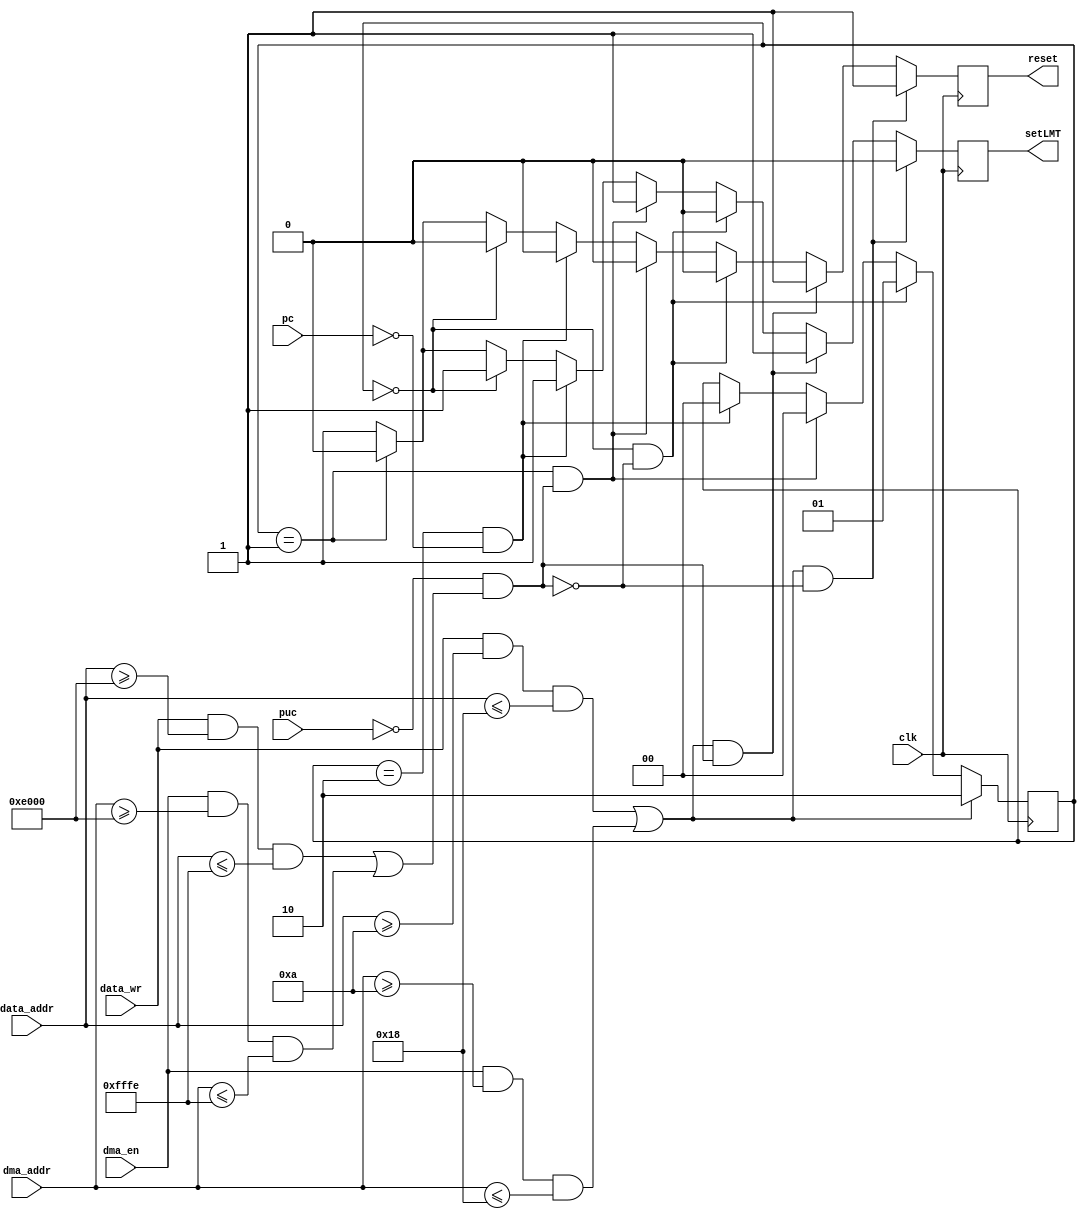
module rata_a (
    clk,
    
    pc,
    puc,
    
    data_wr,
    data_addr,
    
    dma_addr,
    dma_en,
    
    setLMT,
    reset
);
input           clk;
input   [15:0]  pc;
input           puc;
input           data_wr;
input   [15:0]  data_addr;
input   [15:0]  dma_addr;
input           dma_en;
output          setLMT;
output          reset;

// MACROS ///////////////////////////////////////////
//
parameter AR_BASE = 16'hE000;
parameter AR_SIZE = 16'h2000;
parameter LAST_AR_ADDR = AR_BASE + AR_SIZE - 2;

parameter LMT_BASE = 16'h000A;
parameter LMT_SIZE = 16'h0010;
parameter LAST_LMT_ADDR = LMT_BASE + LMT_SIZE - 2;

parameter RESET_HANDLER = 16'h0000;

parameter MOD  = 2'b0, NOTMOD = 2'b1, KILL = 2'b10;
//-------------Internal Variables---------------------------
reg[1:0]             state;
reg             setLMT_res;
reg             rata_reset;
//
initial
    begin
        state = NOTMOD;
        setLMT_res = 0;
        rata_reset = 0;
    end

wire is_AR_being_modified = !puc && ((data_wr && data_addr >= AR_BASE && data_addr <= LAST_AR_ADDR) || (dma_en && dma_addr >= AR_BASE && dma_addr <= LAST_AR_ADDR));
wire is_lmt_being_modified = (data_wr && data_addr >= LMT_BASE && data_addr <= LAST_LMT_ADDR) || (dma_en && dma_addr >= LMT_BASE && dma_addr <= LAST_LMT_ADDR);

always @(posedge clk)
    if(is_lmt_being_modified)
        state <= KILL;
    else if(state == MOD && !is_AR_being_modified)
        state <= NOTMOD;
    else if(state == NOTMOD && is_AR_being_modified)
        state <= MOD;
    else if(state == KILL && pc == RESET_HANDLER)
        state <= MOD;
    else state <= state;
    
always @(posedge clk)
    if(is_lmt_being_modified && !is_AR_being_modified)
    begin
        rata_reset <= 1'b1;
        setLMT_res <= 1'b0;
    end
    else if(is_lmt_being_modified && is_AR_being_modified)
    begin
        rata_reset <= 1'b1;
        setLMT_res <= 1'b1;
    end
    else if(state == MOD && !is_AR_being_modified)
    begin
        rata_reset <= 1'b0;
        setLMT_res <= 1'b0;
    end
    else if(state == NOTMOD && is_AR_being_modified)
    begin
        rata_reset <= 1'b0;
        setLMT_res <= 1'b1;
    end
    else if(state == KILL && pc == RESET_HANDLER)
    begin
        rata_reset <= 1'b0;
        setLMT_res <= 1'b1;
    end
    else if(state == MOD)
    begin
        rata_reset <= 1'b0;
        setLMT_res <= 1'b1;
    end
    else if(state == NOTMOD)
    begin
        rata_reset <= 1'b0;
        setLMT_res <= 1'b0;
    end
    else if(state == KILL && pc != RESET_HANDLER)
    begin
        rata_reset <= 1'b1;
        setLMT_res <= 1'b1;
    end
    else 
    begin
        rata_reset <= 1'b1;
        setLMT_res <= 1'b1;
    end
        


assign setLMT = setLMT_res;
assign reset = rata_reset;

endmodule